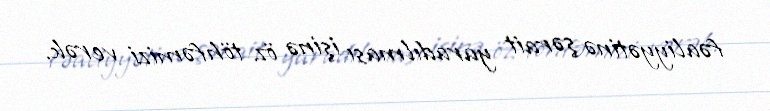
fəaliyyətinə şərait yaradılması işinə öz töhfəmizi verək.